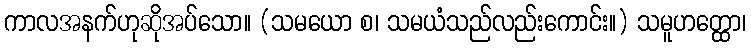
ကာလအနက်ဟုဆိုအပ်သော။ (သမယော စ၊ သမယံသည်လည်းကောင်း။) သမူဟတ္ထော၊